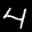
Label: 4